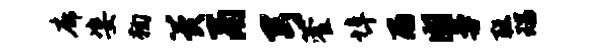
廓姿鞠冀鬲弓藿埠雨圃曼聪瑞